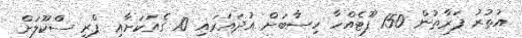
އުތުރު ފަރާތުން 150 ފޫޓެއްހާ ހިސާބަށް އުދައަރައި 10 ގެއަކަށާއި ޕްރީ ސްކޫލަށް